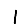
Digit: 1